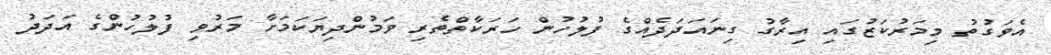
އެވަގުތު މިމަރުކަޒުގައި އިރާގު ގިނައަދަދެއްގެ ފުލުހުން ހަރަކާތްތެރި ވަމުންދިޔަކަމަށާ މަރުވި ފުލުހުންގެ އަދަދު